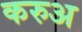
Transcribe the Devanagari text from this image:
करुअ